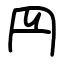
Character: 䍏